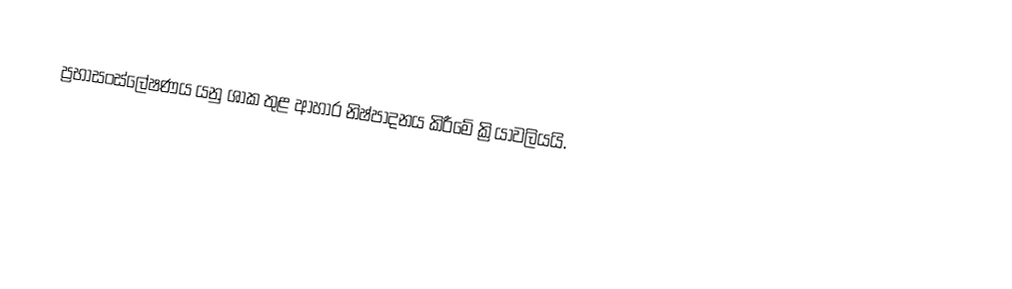
ප්‍රභාසංස්ලේෂණය යනු ශාක තුළ ආහාර නිෂ්පාදනය කිරීමේ ක්‍රියාවලියයි.